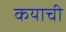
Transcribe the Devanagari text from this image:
कयाची